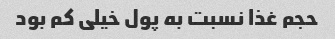
حجم غذا نسبت به پول خیلی کم بود